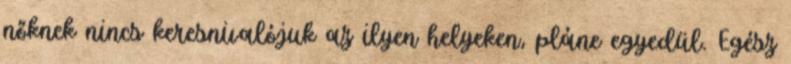
nőknek nincs keresnivalójuk az ilyen helyeken, pláne egyedül. Egész